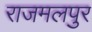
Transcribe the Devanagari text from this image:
राजमलपुर